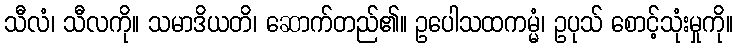
သီလံ၊ သီလကို။ သမာဒိယတိ၊ ဆောက်တည်၏။ ဥပေါသထကမ္မံ၊ ဥပုသ် စောင့်သုံးမှုကို။